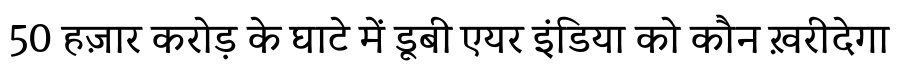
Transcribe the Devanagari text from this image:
50 हज़ार करोड़ के घाटे में डूबी एयर इंडिया को कौन ख़रीदेगा